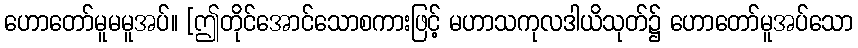
ဟောတော်မူမမူအပ်။ [ဤတိုင်အောင်သောစကားဖြင့် မဟာသကုလဒါယိသုတ်၌ ဟောတော်မူအပ်သော